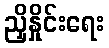
ညှိနှိုင်းရေး